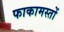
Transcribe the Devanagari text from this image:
फाकामस्तों